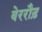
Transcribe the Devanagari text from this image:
वेररौड़